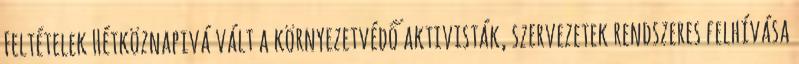
Feltételek Hétköznapivá vált a környezetvédő aktivisták, szervezetek rendszeres felhívása